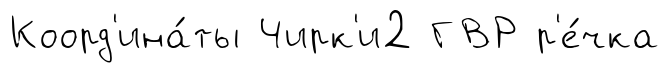
Коорд'ина́ты Чирк'и2 ГВР р'е́чка